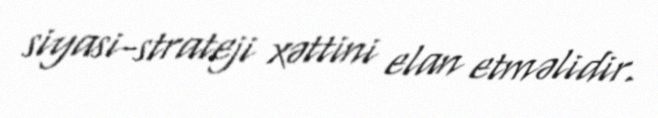
siyasi-strateji xəttini elan etməlidir.